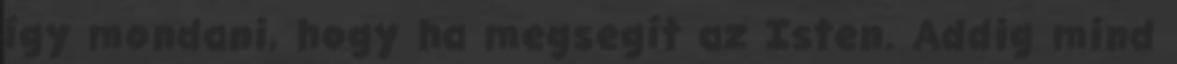
így mondani, hogy ha megsegít az Isten. Addig mind